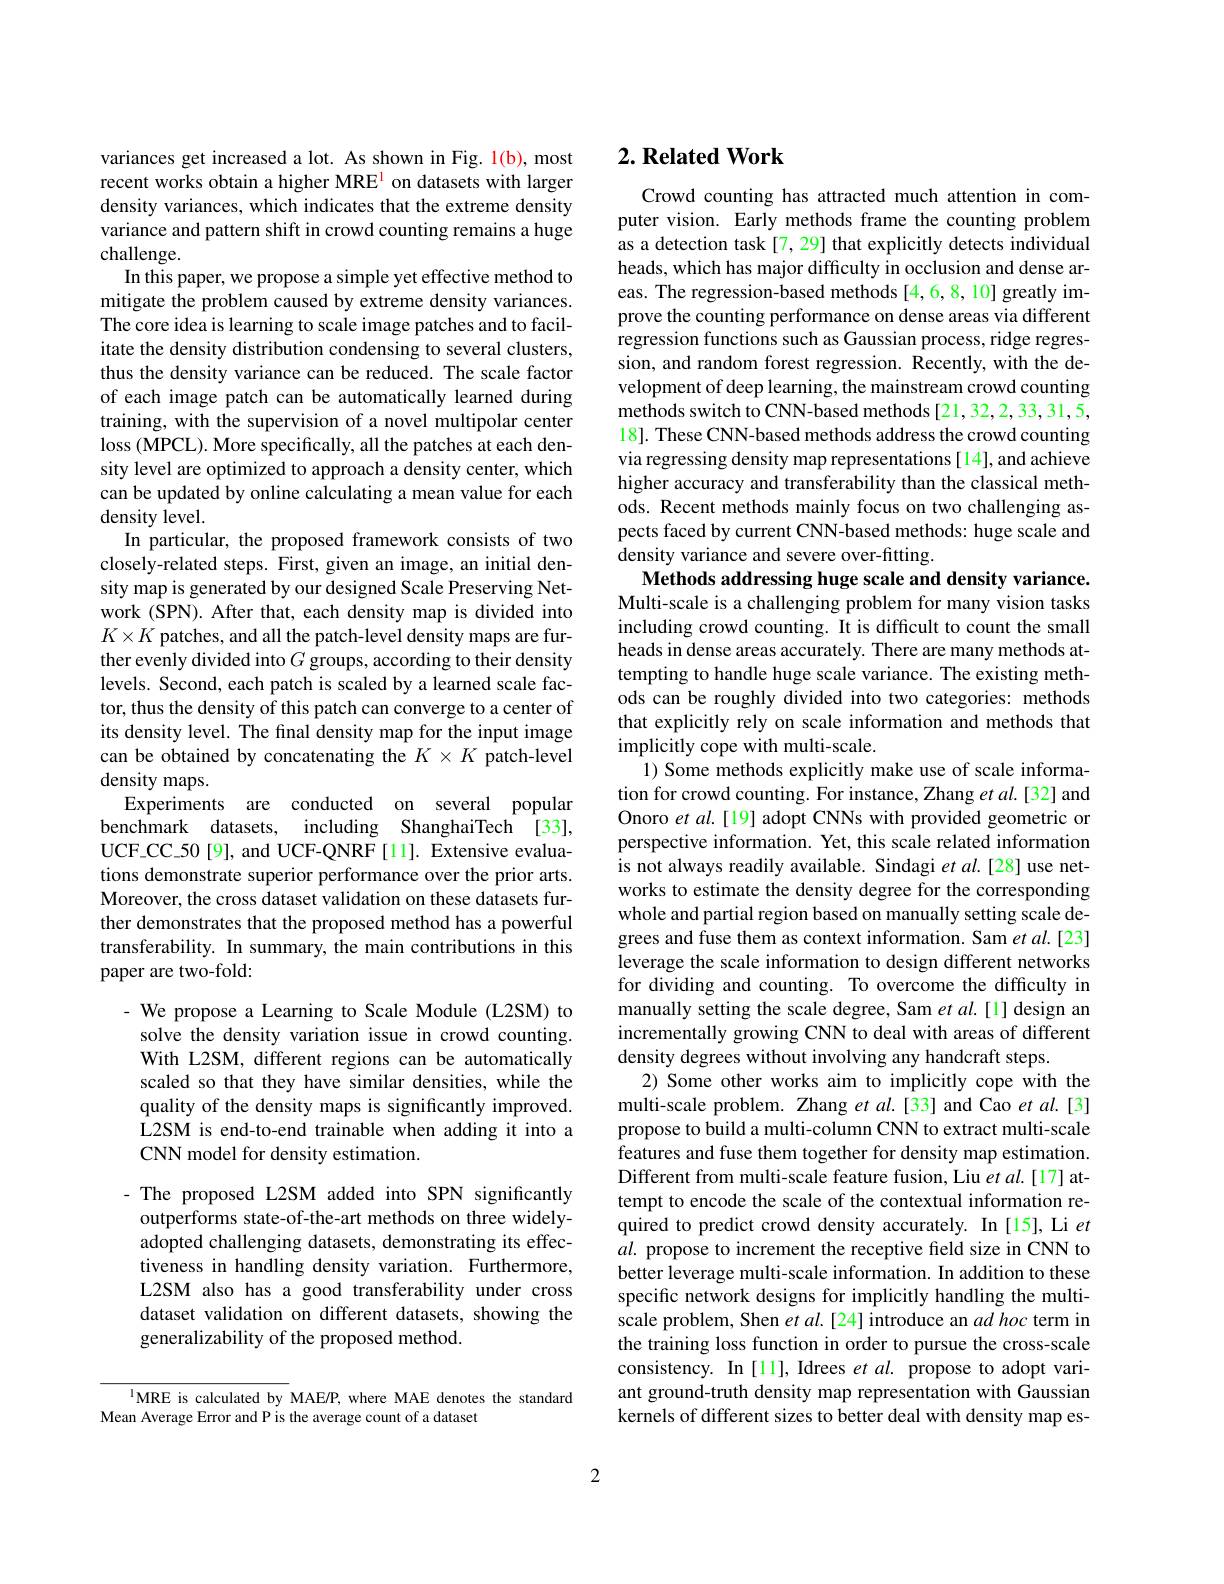
variances get increased a lot. As shown in Fig. l(b), most recent works obtain a higher MRE$^{\mathrm{l}}$ on datasets with larger density variances, which indicates that the extreme density variance and pattern shift in crowd counting remains a huge challenge.
In this paper, we propose a simple yet effective method to mitigate the problem caused by extreme density variances. The core idea is learning to scale image patches and to facilitate the density distribution condensing to several clusters, thus the density variance can be reduced. The scale factor of each image patch can be automatically learned during training, with the supervision of a novel multipolar center loss (MPCL). More specifically, all the patches at each density level are optimized to approach a density center, which can be updated by online calculating a mean value for each density level.
In particular, the proposed framework consists of two closely-related steps. First, given an image, an initial density map is generated by our designed Scale Preserving Network (SPN). After that, each density map is divided into $K\times K$ patches, and all the patch-level density maps are further evenly divided into $G$ groups, according to their density levels. Second, each patch is scaled by a learned scale factor, thus the density of this patch can converge to a center of its density level. The final density map for the input image can be obtained by concatenating the $K\times K$ patch-level density maps.
Experiments are conducted on several popular benchmark datasets, including ShanghaiTech [33], $UCF\_CC\_50[9], and UCF-QNRF[11]. Extensive evalua-$ tions demonstrate superior performance over the prior arts. Moreover, the cross dataset validation on these datasets further demonstrates that the proposed method has a powerful transferability. In summary, the main contributions in this paper are two-fold:
- We propose a Learning to Scale Module (L2SM) to solve the density variation issue in crowd counting. With L2SM, different regions can be automatically scaled so that they have similar densities, while the quality of the density maps is significantly improved. L2SM is end-to-end trainable when adding it into a CNN model for density estimation.
- The proposed L2SM added into SPN significantly outperforms state-of-the-art methods on three widelyadopted challenging datasets, demonstrating its effectiveness in handling density variation. Furthermore, L2SM also has a good transferability under cross dataset validation on different datasets, showing the generalizability of the proposed method.
1MRE is calculated by MAE/P, where MAE denotes the standard

Mean Average Error and P is the average count of a dataset

## $2. \textbf{Related Work}$

Crowd counting has attracted much attention in computer vision. Early methods frame the counting problem as a detection task [7, 29] that explicitly detects individual heads, which has major difficulty in occlusion and dense areas. The regression-based methods [4,6,8,10] greatly improve the counting performance on dense areas via different regression functions such as Gaussian process, ridge regression, and random forest regression. Recently, with the development of deep learning, the mainstream crowd counting methods switch to CNN-based methods [21,32,2,33,31,5, 18]. These CNN-based methods address the crowd counting via regressing density map representations [14], and achieve higher accuracy and transferability than the classical methods. Recent methods mainly focus on two challenging aspects faced by current CNN-based methods: huge scale and density variance and severe over-fitting.
Methods addressing huge scale and density variance. Multi-scale is a challenging problem for many vision tasks including crowd counting. It is difficult to count the small heads in dense areas accurately. There are many methods attempting to handle huge scale variance. The existing methods can be roughly divided into two categories: methods that explicitly rely on scale information and methods that $\hat{\text{implicitly cope with multi-scale.}}$
1) Some methods explicitly make use of scale information for crowd counting. For instance, Zhang et al.[32] and Onoro et al.[19] adopt CNNs with provided geometric or perspective information. Yet, this scale related information is not always readily available. Sindagi $et\textit{al. [ 28] use net- }$ works to estimate the density degree for the corresponding whole and partial region based on manually setting scale degrees and fuse them as context information. Sam et al.[23] leverage the scale information to design different networks for dividing and counting. To overcome the difficulty in manually setting the scale degree, Sam $et$ al.[1] design an incrementally growing CNN to deal with areas of different density degrees without involving any handcraft steps.
2) Some other works aim to implicitly cope with the multi-scale problem. Zhang et al.[33] and Cao et al.[3] propose to build a multi-column CNN to extract multi-scale features and fuse them together for density map estimation. Different from multi-scale feature fusion, Liu et al.[17] attempt to encode the scale of the contextual information required to predict crowd density accurately. In [15], Li $et$ $al.$ propose to increment the receptive field size in CNN to better leverage multi-scale information. In addition to these specific network designs for implicitly handling the multiscale problem, Shen $etal.[24]$ introduce an adhoc term in the training loss function in order to pursue the cross-scale consistency. In [11], Idrees et al. propose to adopt variant ground-truth density map representation with Gaussian kernels of different sizes to better deal with density map es-

2